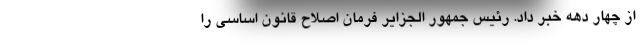
از چهار دهه خبر داد. رئیس جمهور الجزایر فرمان اصلاح قانون اساسی را